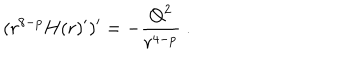
( r ^ { 8 - p } H ( r ) ^ { \prime } ) ^ { \prime } = - \frac { Q ^ { 2 } } { r ^ { 4 - p } } \ .